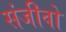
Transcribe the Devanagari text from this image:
संजीवो